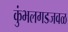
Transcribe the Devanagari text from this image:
कुंभलगडजवळ